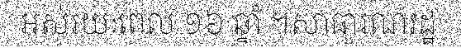
អស់រយៈពេល ១៦ ឆ្នាំ ។សាធារណរដ្ឋ